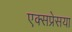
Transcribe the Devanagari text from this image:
एक्सप्रेसया